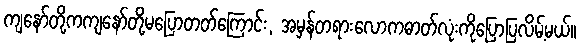
ကျနော်တို့ကကျနော်တို့မပြောတတ်ကြောင်း, အမှန်တရားလောကဓာတ်လုံးကိုပြောပြလိမ့်မယ်။